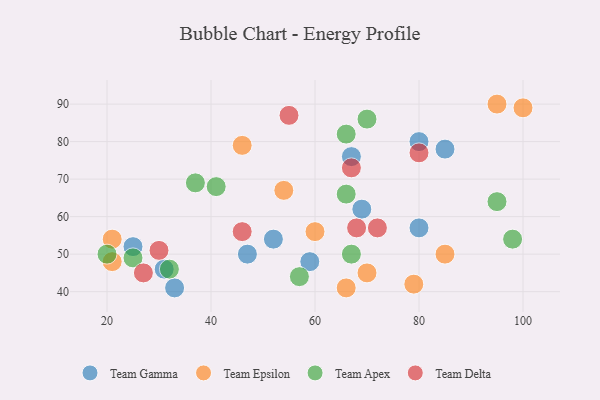
{"axis": {"x": "GDP", "y": "Life Expectancy"}, "legend": ["Team Apex", "Team Delta", "Team Epsilon", "Team Gamma"], "data": [{"x": "67", "y": 76, "type": "Team Gamma"}, {"x": "85", "y": 78, "type": "Team Gamma"}, {"x": "80", "y": 57, "type": "Team Gamma"}, {"x": "25", "y": 52, "type": "Team Gamma"}, {"x": "33", "y": 41, "type": "Team Gamma"}, {"x": "80", "y": 80, "type": "Team Gamma"}, {"x": "31", "y": 46, "type": "Team Gamma"}, {"x": "47", "y": 50, "type": "Team Gamma"}, {"x": "69", "y": 62, "type": "Team Gamma"}, {"x": "52", "y": 54, "type": "Team Gamma"}, {"x": "59", "y": 48, "type": "Team Gamma"}, {"x": "54", "y": 67, "type": "Team Epsilon"}, {"x": "85", "y": 50, "type": "Team Epsilon"}, {"x": "60", "y": 56, "type": "Team Epsilon"}, {"x": "66", "y": 41, "type": "Team Epsilon"}, {"x": "95", "y": 90, "type": "Team Epsilon"}, {"x": "100", "y": 89, "type": "Team Epsilon"}, {"x": "21", "y": 54, "type": "Team Epsilon"}, {"x": "46", "y": 79, "type": "Team Epsilon"}, {"x": "79", "y": 42, "type": "Team Epsilon"}, {"x": "70", "y": 45, "type": "Team Epsilon"}, {"x": "21", "y": 48, "type": "Team Epsilon"}, {"x": "95", "y": 64, "type": "Team Apex"}, {"x": "37", "y": 69, "type": "Team Apex"}, {"x": "41", "y": 68, "type": "Team Apex"}, {"x": "32", "y": 46, "type": "Team Apex"}, {"x": "25", "y": 49, "type": "Team Apex"}, {"x": "57", "y": 44, "type": "Team Apex"}, {"x": "66", "y": 82, "type": "Team Apex"}, {"x": "66", "y": 66, "type": "Team Apex"}, {"x": "70", "y": 86, "type": "Team Apex"}, {"x": "20", "y": 50, "type": "Team Apex"}, {"x": "98", "y": 54, "type": "Team Apex"}, {"x": "67", "y": 50, "type": "Team Apex"}, {"x": "72", "y": 57, "type": "Team Delta"}, {"x": "30", "y": 51, "type": "Team Delta"}, {"x": "67", "y": 73, "type": "Team Delta"}, {"x": "55", "y": 87, "type": "Team Delta"}, {"x": "80", "y": 77, "type": "Team Delta"}, {"x": "68", "y": 57, "type": "Team Delta"}, {"x": "27", "y": 45, "type": "Team Delta"}, {"x": "46", "y": 56, "type": "Team Delta"}]}